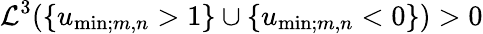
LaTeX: \mathcal L^{3}(\{ u_{\mathrm{min};m,n}>1\} \cup\{ u_{\mathrm{min};m,n}<0\} )>0